[Report on the health of British troops in the Madras command]
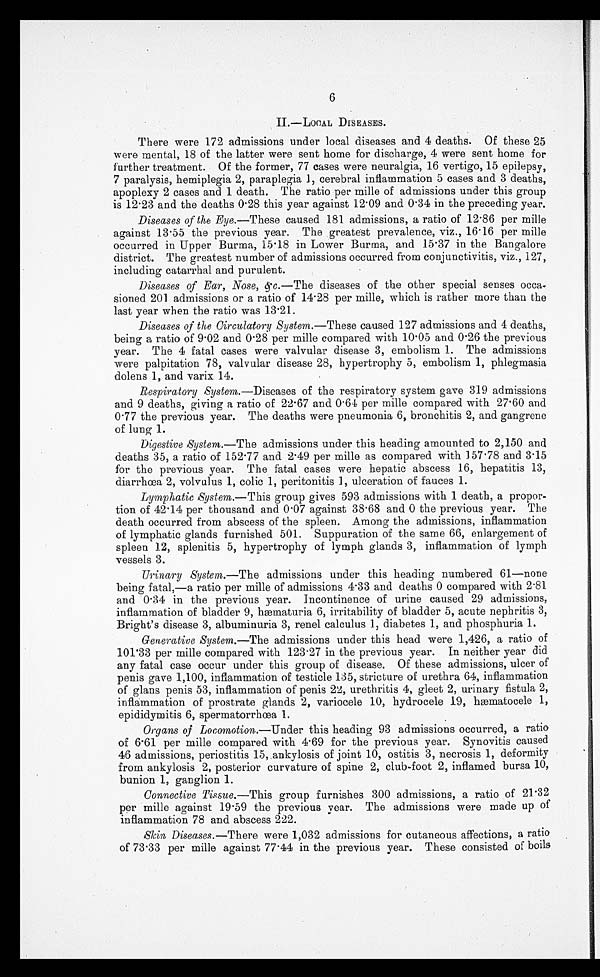
6
II.—LOCAL DISEASES.
There were 172 admissions under local diseases and 4 deaths. Of these 25
were mental, 18 of the latter were sent home for discharge, 4 were sent home for
further treatment. Of the former, 77 cases were neuralgia, 16 vertigo, 15 epilepsy,
7 paralysis, hemiplegia 2, paraplegia 1, cerebral inflammation 5 cases and 3 deaths,
apoplexy 2 cases and 1 death. The ratio per mille of admissions under this group
is 12.23 and the deaths 0.28 this year against 12.09 and 0.34 in the preceding year.
Diseases of the Eye .—These caused 181 admissions, a ratio of 12.86 per mille
against 13.55 the previous year. The greatest prevalence, viz., 16.16 per mile
occurred in Upper Burma, 15.18 in Lower Burma, and 15.37 in the Bangalore
district. The greatest number of admissions occurred from conjunctivitis, viz., 127,
including catarrhal and purulent.
Diseases of Ear, Nose, &c.— The diseases of the other special senses occa
-
sioned 201 admissions or a ratio of 14.28 per mille, which is rather more than the
last year when the ratio was 13.21.
Diseases of the Circulatory System.—These caused 127 admissions and 4 deaths,
being a ratio of 9.02 and 0.28 per mille compared with 10.05 and 0.26 the previous
year. The 4 fatal cases were valvular disease 3, embolism 1. The admissions
were palpitation 78, valvular disease 28, hypertrophy 5, embolism 1, phlegmasia
dolens 1, and varix 14.
Respiratory System .—Diseases of the respiratory system gave 319 admissions
and 9 deaths, giving a ratio of 22.67 and 0.64 per mille compared with 27.60 and
0.77 the previous year. The deaths were pneumonia 6, bronchitis 2, and gangrene
of lung 1.
Digestive System.—The admissions under this heading amounted to 2,150 and
deaths 35, a ratio of 152.77 and 2.49 per mile as compared with 157.78 and 3.15
for the previous year. The fatal cases were hepatic abscess 16, hepatitis 13,
diarrhœa 2, volvulus 1, colic 1, peritonitis 1, ulceration of fauces 1.
Lymphatic System.— This group gives 593 admissions with 1 death, a propor-
-
tion of 42.14 per thousand and 0.07 against 38.68 and 0 the previous year. The
death occurred from abscess of the spleen. Among the admissions, inflammation
of lymphatic glands furnished 501. Suppuration of the same 66, enlargement of
spleen 12, splenitis 5, hypertrophy of lymph glands 3, inflammation of lymph
vessels 3.
Urinary System .—The admissions under this heading numbered 61—none
being fatal,—a ratio per mille of admissions 4.33 and deaths 0 compared with 2.81
and 0.34 in the previous year. Incontinence of urine caused 29 admissions,
inflammation of bladder 9, hæmaturia 6, irritability of bladder 5, acute nephritis 3,
Bright's disease 3, albuminuria 3, renel calculus 1, diabetes 1, and phosphuria 1.
Generative System.— The admissions under this head were 1,426, a ratio of
101.33 per mile compared with 123.27 in the previous year. In neither year did
any fatal case occur under this group of disease. Of these admissions, ulcer of
penis gave 1,100, inflammation of testicle 135, stricture of urethra 64, inflammation
of glans penis 53, inflammation of penis 22, urethritis 4, gleet 2, urinary fistula 2,
inflammation of prostrate glands 2, variocele 10, hydrocele 19, hæmatocele 1,
epididymitis 6, spermatorrhœa 1.
Organs of Locomotion.—Under this heading 93 admissions occurred, a ratio
of 6.61 per mille compared with 4.69 for the previous year. Synovitis caused
46 admissions, periostitis 15, ankylosis of joint 10, ostitis 3, necrosis 1, deformity
from ankylosis 2, posterior curvature of spine 2, club-foot 2, inflamed bursa 10,
bunion 1, ganglion 1.
Connective Tissue.— This group furnishes 300 admissions, a ratio of 21.32
per mille against 19.59 the previous year. The admissions were made up of
inflammation 78 and abscess 222.
Skin Diseases.—There were 1,032 admissions for cutaneous affections, a ratio
of 73.33 per mile against 77.44 in the previous year. These consisted of boils